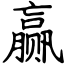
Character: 赢